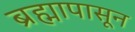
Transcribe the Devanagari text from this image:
ब्रह्मापासून